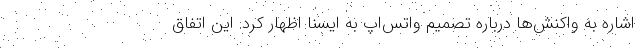
اشاره به واکنش‌ها درباره تصمیم واتس‌اپ به ایسنا اظهار کرد: این اتفاق